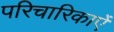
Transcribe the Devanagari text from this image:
परिचारिकाऐं